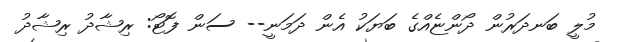
މުލީ ބަނދަރުން ދޯންޏެއްގެ ބަޔަކު އެން ދަމަނީ-- ސަން ފޮޓޯ: ރިޝާދު ރިޝާދު